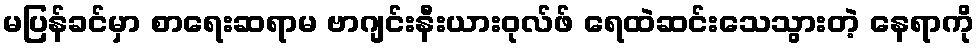
မပြန်ခင်မှာ စာရေးဆရာမ ဗာဂျင်းနီးယားဝုလ်ဖ် ရေထဲဆင်းသေသွားတဲ့ နေရာကို